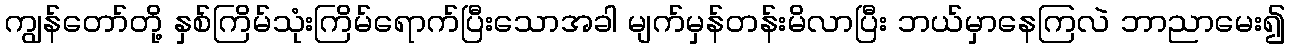
ကျွန်တော်တို့ နှစ်ကြိမ်သုံးကြိမ်ရောက်ပြီးသောအခါ မျက်မှန်တန်းမိလာပြီး ဘယ်မှာနေကြလဲ ဘာညာမေး၍